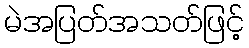
မဲအပြတ်အသတ်ဖြင့်